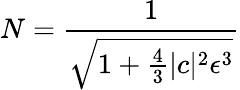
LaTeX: N={\frac{1}{\sqrt{1+{\frac{4}{3}}|c|^{2}\epsilon^{3}}}}